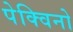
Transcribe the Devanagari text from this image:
पेक्विनो